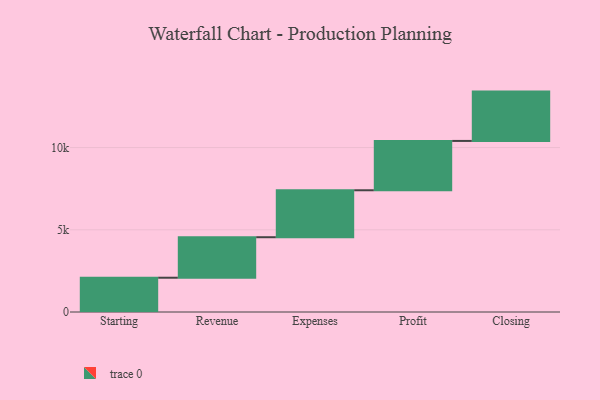
{"axis": {"x": "Step", "y": "Value"}, "legend": [""], "data": [{"x": "Starting", "y": 2085.0, "type": ""}, {"x": "Revenue", "y": 2463.0, "type": ""}, {"x": "Expenses", "y": 2856.0, "type": ""}, {"x": "Profit", "y": 3000, "type": ""}, {"x": "Closing", "y": 3000, "type": ""}]}